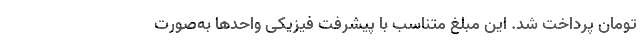
تومان پرداخت شد. این مبلغ متناسب با پیشرفت فیزیکی واحدها به‌صورت